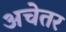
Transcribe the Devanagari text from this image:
अचेतर